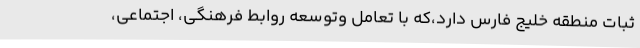
ثبات منطقه خلیج فارس دارد،که با تعامل وتوسعه روابط فرهنگی، اجتماعی،